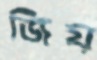
জিয়